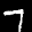
Label: 7